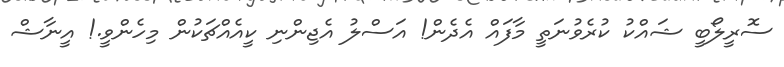
ސޮރީލޯބީ ޝައްކު ކުރެވުނަތީ މާފައް އެދެން! އަސްލު އެޖިންނި ކީއެއްޗަކުން މިހެންވީ.! އީނާޝް